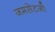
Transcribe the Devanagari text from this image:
जमसेटजी